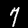
Digit: 7